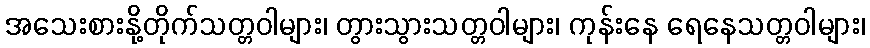
အသေးစားနို့တိုက်သတ္တဝါများ၊ တွားသွားသတ္တဝါများ၊ ကုန်းနေ ရေနေသတ္တဝါများ၊